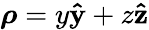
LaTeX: \boldsymbol{\rho}=y\mathbf{\hat{y}}+z\mathbf{\hat{z}}